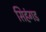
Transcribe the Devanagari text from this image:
सिहंगड